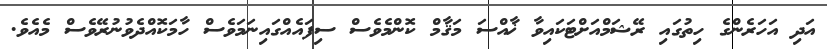
އަދި އަހަރެންގެ ހިތުގައި ރޭޝަމްއަށްޓަކައިވާ ޚާއްސަ މަޤާމް ކޮންމެވެސް ސިފައެއްގައިނަމަވެސް ހާމަކޮއްދެވުނުރޭވެސް މެއެވެ.